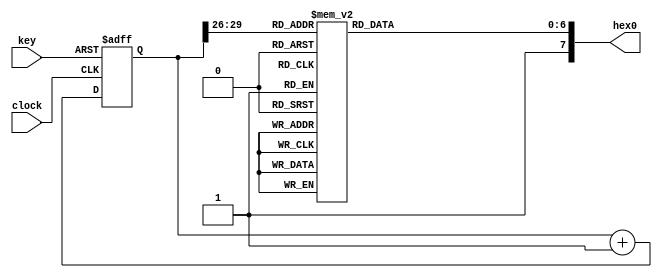
//----------------------------------------------------------------------------
//
//  Exercise   8. Counter
//
//   8. 
//
//----------------------------------------------------------------------------

//----------------------------------------------------------------------------
//
//  Exercise 8.1. All components in one module
//
//   8.1.     
//
//----------------------------------------------------------------------------

module top_1
(
    input        clock, // Clock signal 50 MHz //   50 
    input  [0:0] key,   // Button // 
    output [7:0] hex0   // Seven-segment display // 
);

    wire reset_n = key[0];

    reg [29:0] counter;

    always @(posedge clock or negedge reset_n)
    begin
        if (!reset_n)
            counter <= 30'b0;
        else
            counter <= counter + 30'b1;
    end

    wire [3:0] number = counter [29:26];

    // a b c d e f g .   // Letter from scheme below
    // 0 1 2 3 4 5 6 7   // Bit in hex0

    //   --a--
    //  |     |
    //  f     b
    //  |     |
    //   --g--
    //  |     |
    //  e     c
    //  |     |
    //   --d-- 

    reg [6:0] abcdefg;

    always @*
        case (number)
        4'h0: abcdefg = 7'b1000000;
        4'h1: abcdefg = 7'b1111001;
        4'h2: abcdefg = 7'b0100100;
        4'h3: abcdefg = 7'b0110000;
        4'h4: abcdefg = 7'b0011001;
        4'h5: abcdefg = 7'b0010010;
        4'h6: abcdefg = 7'b0000010;
        4'h7: abcdefg = 7'b1111000;
        4'h8: abcdefg = 7'b0000000;
        4'h9: abcdefg = 7'b0010000;
        4'ha: abcdefg = 7'b0001000;
        4'hb: abcdefg = 7'b0000011;
        4'hc: abcdefg = 7'b1000110;
        4'hd: abcdefg = 7'b0100001;
        4'he: abcdefg = 7'b0000110;
        4'hf: abcdefg = 7'b0001110;
        endcase

    assign hex0[7:0] = { 1'b1, abcdefg };

endmodule

//----------------------------------------------------------------------------
//
//  Exercise 8.2. With modules
//
//   8.2.   
//
//----------------------------------------------------------------------------

module counter
(
    input             clock,
    input             reset_n,
    output reg [31:0] count
);

    always @(posedge clock or negedge reset_n)
    begin
        if (!reset_n)
            count <= 32'b0;
        else
            count <= count + 32'b1;
    end

endmodule

//----------------------------------------------------------------------------

module seven_segment_display_driver
(
    input      [3:0] number,
    output reg [6:0] abcdefg
);

    // a b c d e f g .   // Letter from scheme below
    // 0 1 2 3 4 5 6 7   // Bit in hex0

    //   --a--
    //  |     |
    //  f     b
    //  |     |
    //   --g--
    //  |     |
    //  e     c
    //  |     |
    //   --d-- 

    always @*
        case (number)
        4'h0: abcdefg = 7'b1000000;
        4'h1: abcdefg = 7'b1111001;
        4'h2: abcdefg = 7'b0100100;
        4'h3: abcdefg = 7'b0110000;
        4'h4: abcdefg = 7'b0011001;
        4'h5: abcdefg = 7'b0010010;
        4'h6: abcdefg = 7'b0000010;
        4'h7: abcdefg = 7'b1111000;
        4'h8: abcdefg = 7'b0000000;
        4'h9: abcdefg = 7'b0010000;
        4'ha: abcdefg = 7'b0001000;
        4'hb: abcdefg = 7'b0000011;
        4'hc: abcdefg = 7'b1000110;
        4'hd: abcdefg = 7'b0100001;
        4'he: abcdefg = 7'b0000110;
        4'hf: abcdefg = 7'b0001110;
        endcase

endmodule

module top
(
    input        clock, // Clock signal 50 MHz //   50 
    input  [0:0] key,   // Button // 
    output [7:0] hex0   // Seven-segment display // 
);

    wire reset_n = key[0];

    wire [31:0] counter;

    counter counter_i
    (
        .clock   ( clock ),
        .reset_n ( reset_n ),
        .count   ( counter )
    );

    seven_segment_display_driver display_driver_i
    (
        .number  ( counter [29:26] ),
        .abcdefg ( hex0 [6:0]      )
    );

    assign hex0[7] = 1'b1;

endmodule